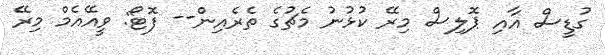
ގުޑީސް އާއި ޕޮލިސް މިރޭ ކުޅުނު މެޗުގެ ތެރެއިން-- ފޮޓޯ: ވީއޭއެމް މިރޭ